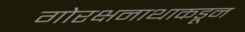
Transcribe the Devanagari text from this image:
गोरक्षनाथाकडून